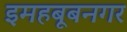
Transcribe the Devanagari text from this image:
इमहबूबनगर